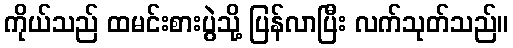
ကိုယ်သည် ထမင်းစားပွဲသို့ ပြန်လာပြီး လက်သုတ်သည်။